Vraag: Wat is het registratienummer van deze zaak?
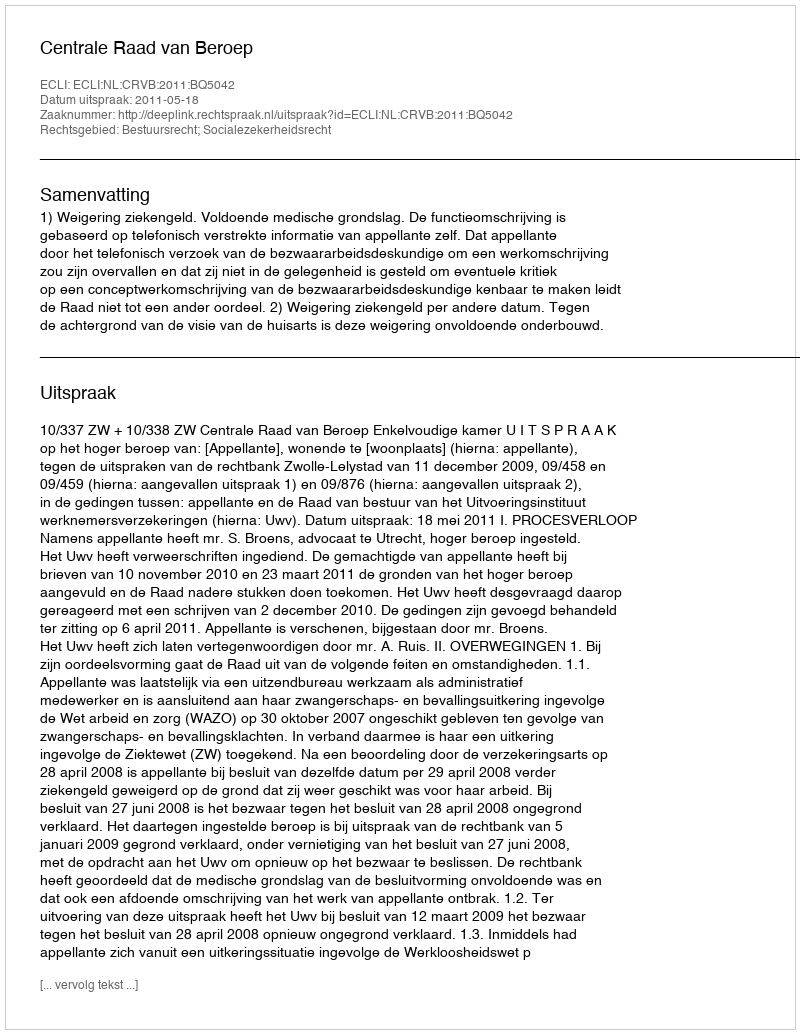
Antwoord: http://deeplink.rechtspraak.nl/uitspraak?id=ECLI:NL:CRVB:2011:BQ5042